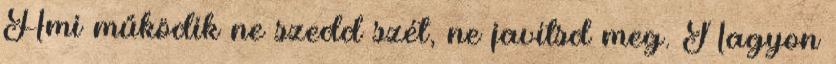
Ami működik ne szedd szét, ne javítsd meg. Nagyon